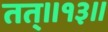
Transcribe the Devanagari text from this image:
तत्॥१३॥